Vaccine operations Central Provinces 1900-1911 - 1900-1911
Year: 1900
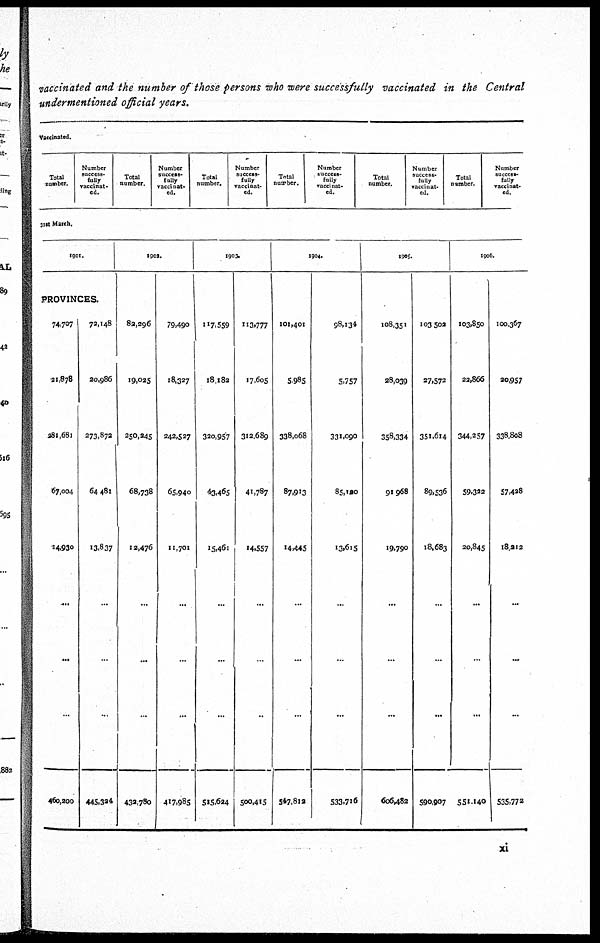
vaccinated and the number of those persons who were successfully vaccinated in the Central
undermentioned official years.
Vaccinated.
Total
number.
Number
success-
fully
vaccinat-
ed.
Total
number.
Number
success-
fully
vaccinat-
ed.
Total
number.
Number
success-
fully
vaccinat-
ed.
Total
number.
Number
success-
fully
vaccinat-
ed.
Total
number.
Number
success-
fully
vaccinat-
ed.
Total
number.
Number
success-
fully
vaccinat-
ed.
31st March.
1901.
PROVINCES.
74,707
21,878
281,681
67,004
14,930
...
...
...
460,200
72,148
20,986
273,872
64,481
13,837
...
...
...
445,324
1902.
82,296
19,025
250,245
68,738
12,476
...
...
...
432,780
79,490
18,327
242,527
65,940
11,701
...
...
...
417,985
1903.
117,559
18,182
320,957
43,465
15,461
...
...
...
515,624
113,777
17,605
312,689
41,787
14,557
...
...
...
500,415
1904.
101,401
5,985
338,068
87,913
14,445
...
...
...
547,8l2
98,134
5,757
331,090
85,120
13,615
...
...
...
533,716
1905.
108,351
28,039
358,334
91,968
19,790
...
...
...
606,482
103,502
27,572
351,614
89,536
18,683
...
...
...
590,907
1906.
103,850
22,866
344,257
59,322
20,845
...
...
...
551,140
100,367
20,957
338,808
57,428
18,212
...
...
...
535,772
xi